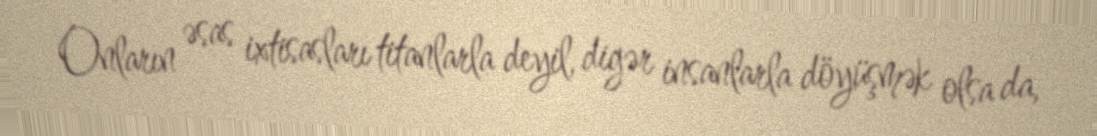
Onların əsas ixtisasları titanlarla deyil, digər insanlarla döyüşmək olsa da,